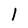
Character: 1